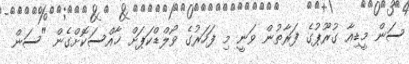
ސަން މީޑިއާ ގުރޫޕުގެ ފަރާތުން ވަނީ މި ފަހަރުގެ ވޯލްޑްކަޕަށް ޚާއްސަކޮށްގެން "ސަން